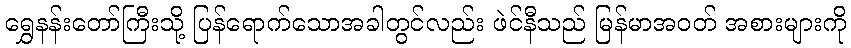
ရွှေနန်းတော်ကြီးသို့ ပြန်ရောက်သောအခါတွင်လည်း ဖဲင်နီသည် မြန်မာအဝတ် အစားများကို